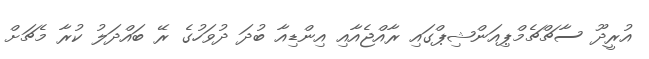
އުރީދޫ ސާޗްޗެމްޕިއަންޝިޕްގައި ރާއްޖެއާއި އިންޑިއާ ބުދަ ދުވަހުގެ ރޭ ބައްދަލު ކުރާ މެޗަށް